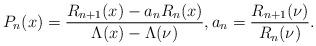
LaTeX: \begin{align*}P_n(x) = \frac{R_{n+1}(x)-a_n R_n(x)}{\Lambda(x)-\Lambda(\nu)},a_n = \frac{R_{n+1}(\nu)}{R_n(\nu)}.\end{align*}